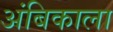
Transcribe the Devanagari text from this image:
अंबिकाला